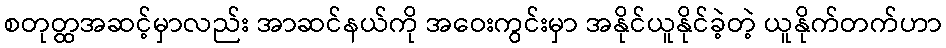
စတုတ္ထအဆင့်မှာလည်း အာဆင်နယ်ကို အဝေးကွင်းမှာ အနိုင်ယူနိုင်ခဲ့တဲ့ ယူနိုက်တက်ဟာ